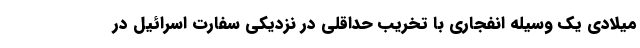
میلادی یک وسیله انفجاری با تخریب حداقلی در نزدیکی سفارت اسرائیل در